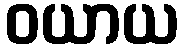
ဝယာယ